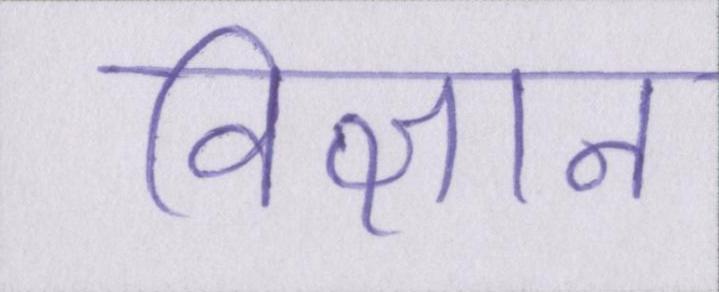
विज्ञान